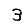
Digit: 3